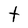
Character: t